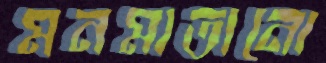
মনমাতানো